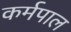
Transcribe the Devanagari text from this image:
कर्मपाल